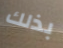
بذلك